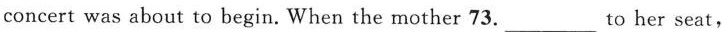
concert was about to begin. When the mother 73.___to her seat，